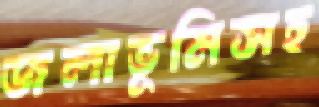
জলাভূমিসহ